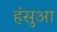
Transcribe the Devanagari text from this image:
हंसुआ